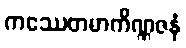
ကဿေတမာကိဏ္ဏဇနံ